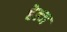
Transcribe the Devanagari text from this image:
हेल्ज